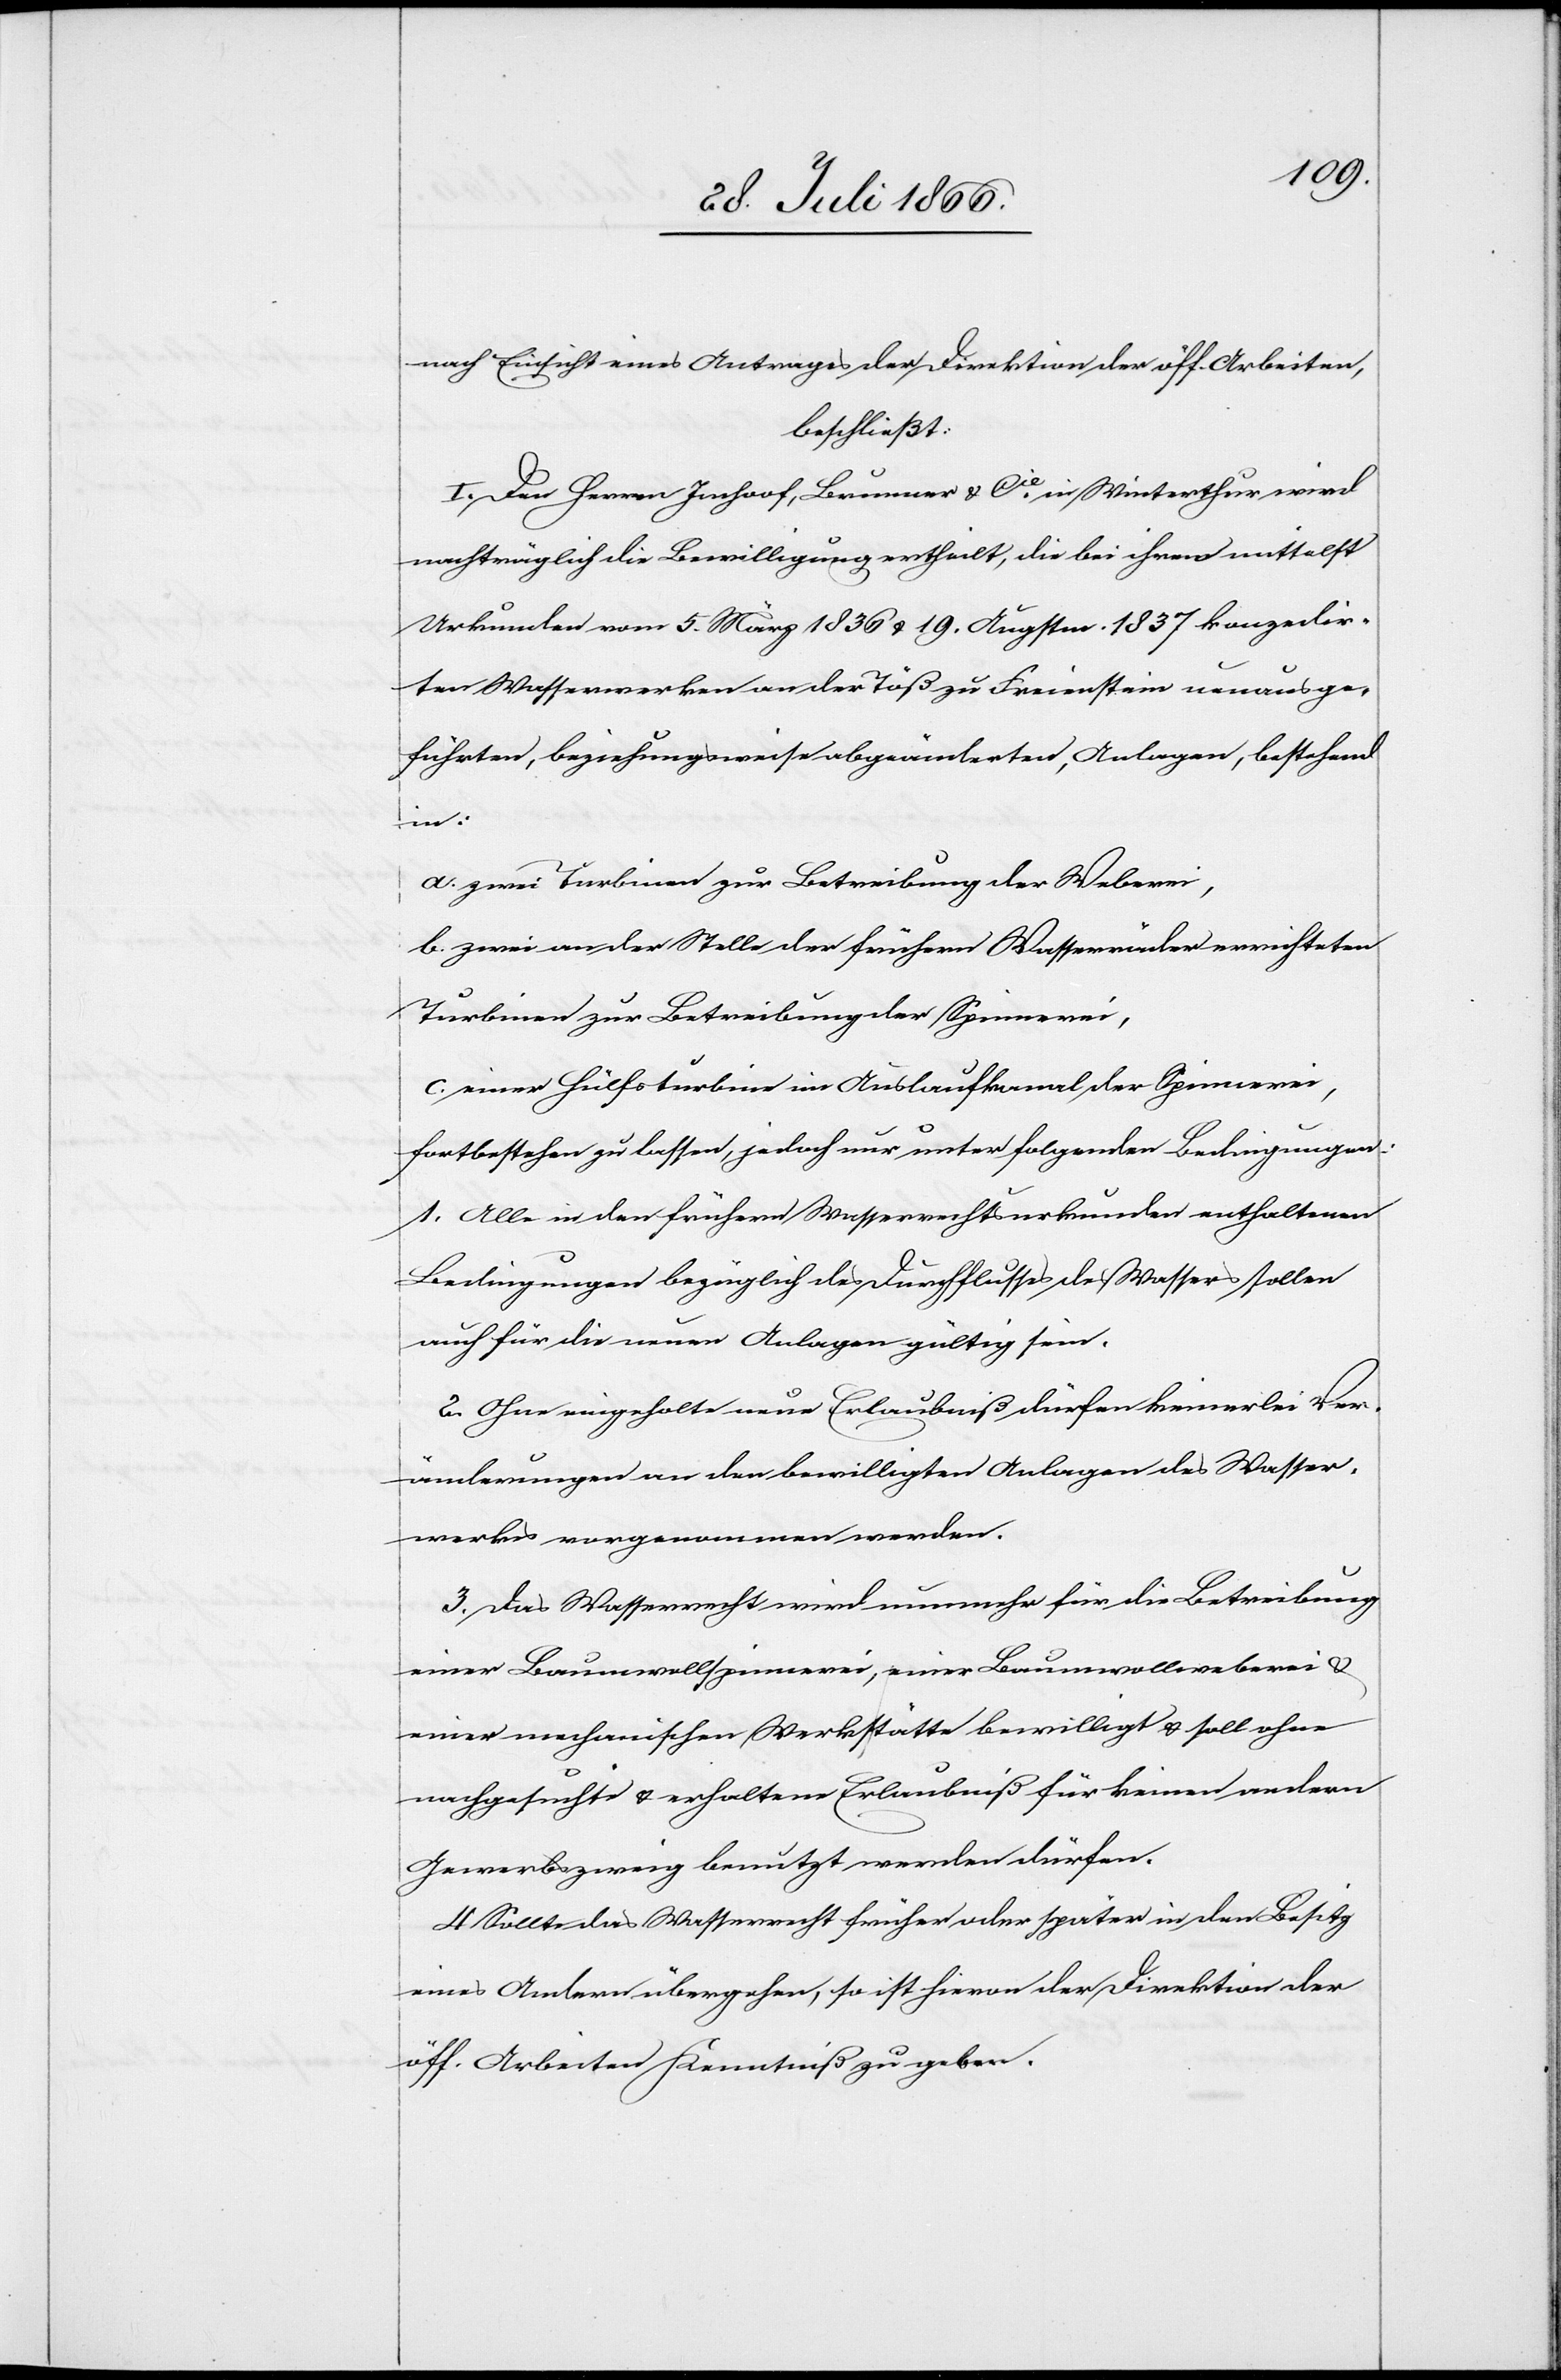
nach Einsicht eines Antrages der Direktion der öff. Arbeiten,
beschließt:
I. Den Herren Imhoof, Brunner u. Cie. in Winterthur wird
nachträglich die Bewilligung ertheilt, die bei ihrem mittelst
Urkunde vom 5. März 1836 u. 19. Augstm. 1837 konzedir¬
ten Wasserwerken an der Töß zu Freienstein neuausge¬
führten, beziehungsweise abgeänderten, Anlagen, bestehend
in:
a. zwei Turbinen zur Betreibung der Weberei,
b. zwei an der Stelle der frühern Wasserräder errichteten
Turbinen zur Betreibung der Spinnerei,
c. einer Hülfsturbine im Auslaufkanal der Spinnerei,
fortbestehen zu lassen, jedoch nur unter folgenden Bedingungen:
1. Alle in den frühern Wasserrechtsurkunden enthaltenen
Bedingungen bezüglich des Durchflusses des Wassers sollen
auch für die neuen Anlagen gültig sein.
2. Ohne eingeholte neue Erlaubniß dürfen keinerlei Ver¬
änderungen an den bewilligten Anlagen des Wasser¬
werkes vorgenommen werden.
3. Das Wasserrecht wird nunmehr für die Betreibung
einer Baumwollspinnerei, einer Baumwollweberei u.
einer mechanischen Werkstätte bewilligt u. soll ohne
nachgesuchte u. erhaltene Erlaubniß für keinen andern
Gewerbszweig benutzt werden dürfen.
4. Sollte das Wasserrecht früher oder später in den Besitz
eines Andern übergehen, so ist hievon der Direktion der
öff. Arbeiten Kenntniß zu geben.